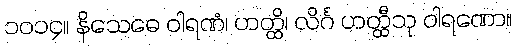
၁၀၁၄။ နိသေဓေ ဝါရဏံ၊ ဟတ္ထိ၊ လိင်္ဂ ဟတ္ထီသု ဝါရဏော။